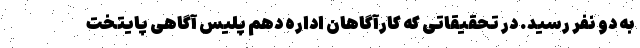
به دو نفر رسید. در تحقیقاتی که کارآگاهان اداره دهم پلیس آگاهی پایتخت